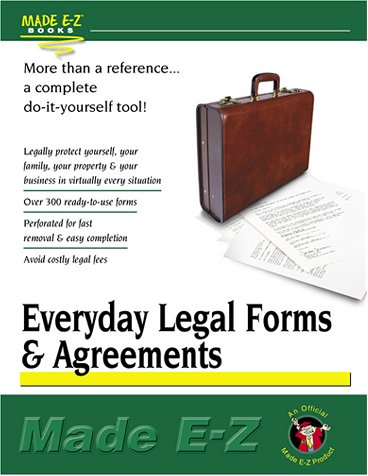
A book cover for Everyday Legal Forms and Agreements Made E-Z (Made E-Z Guides); Made E-Z; Law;